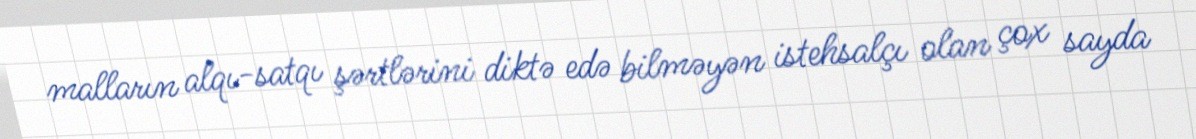
malların alqı-satqı şərtlərini diktə edə bilməyən istehsalçı olan çox sayda